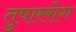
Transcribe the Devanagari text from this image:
तुषाररोग